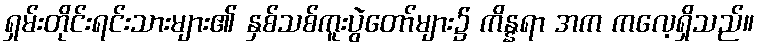
ရှမ်းတိုင်းရင်းသားများ၏ နှစ်သစ်ကူးပွဲတော်များ၌ ကိန္နရာ အက ကလေ့ရှိသည်။